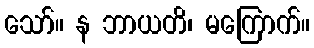
သော်။ န ဘာယတိ၊ မကြောက်။